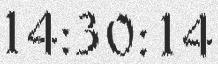
14:30:14